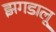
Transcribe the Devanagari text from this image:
झगडालू